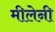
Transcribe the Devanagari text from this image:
मीलेनी